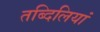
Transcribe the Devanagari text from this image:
तब्दिलियां